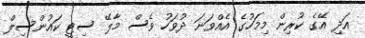
އަދި އޭގެ ކުރިން މިމަހުގެ އެއްވަނަ ދުވަހު ވެސް މާލޭ ސިޓީ ކައުންސިލް